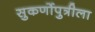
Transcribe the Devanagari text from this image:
सुकर्णोपुत्रीला